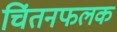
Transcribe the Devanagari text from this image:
चिंतनफलक